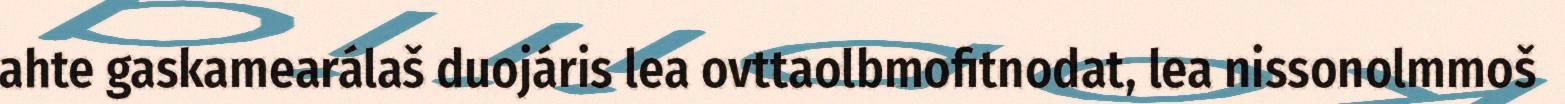
ahte gaskamearálaš duojáris lea ovttaolbmofitnodat, lea nissonolmmoš